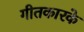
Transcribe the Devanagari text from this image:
गीतकारके